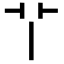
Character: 𦫳